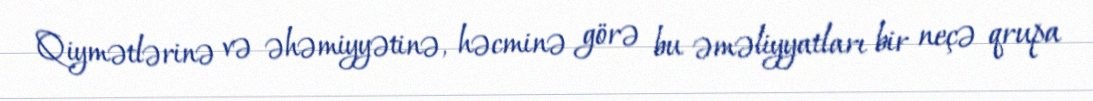
Qiymətlərinə və əhəmiyyətinə, həcminə görə bu əməliyyatları bir neçə qrupa